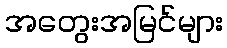
အတွေးအမြင်များ